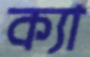
ক্যা